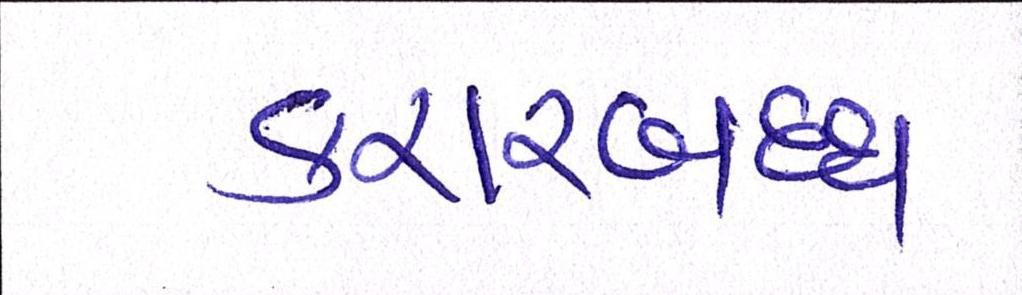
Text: કરારબદ્ધ